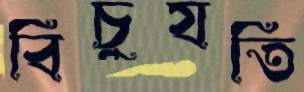
বিচুযতি